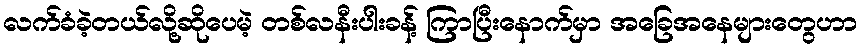
လက်ခံခဲ့တယ်လို့ဆိုပေမဲ့ တစ်လနီးပါးခန့် ကြာပြီးနောက်မှာ အခြေအနေများတွေဟာ